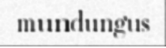
mundungus